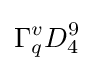
\Gamma _{q}^{v}D_{4}^{9}